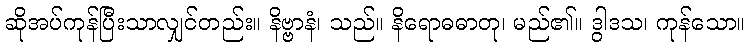
ဆိုအပ်ကုန်ပြီးသာလျှင်တည်း။ နိဗ္ဗာနံ၊ သည်။ နိရောဓဓာတု၊ မည်၏။ ဒွါဒသ၊ ကုန်သော။